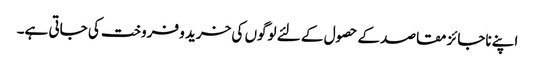
اپنے ناجائز مقاصد کے حصول کے لئے لوگوں کی خرید و فروخت کی جاتی ہے۔